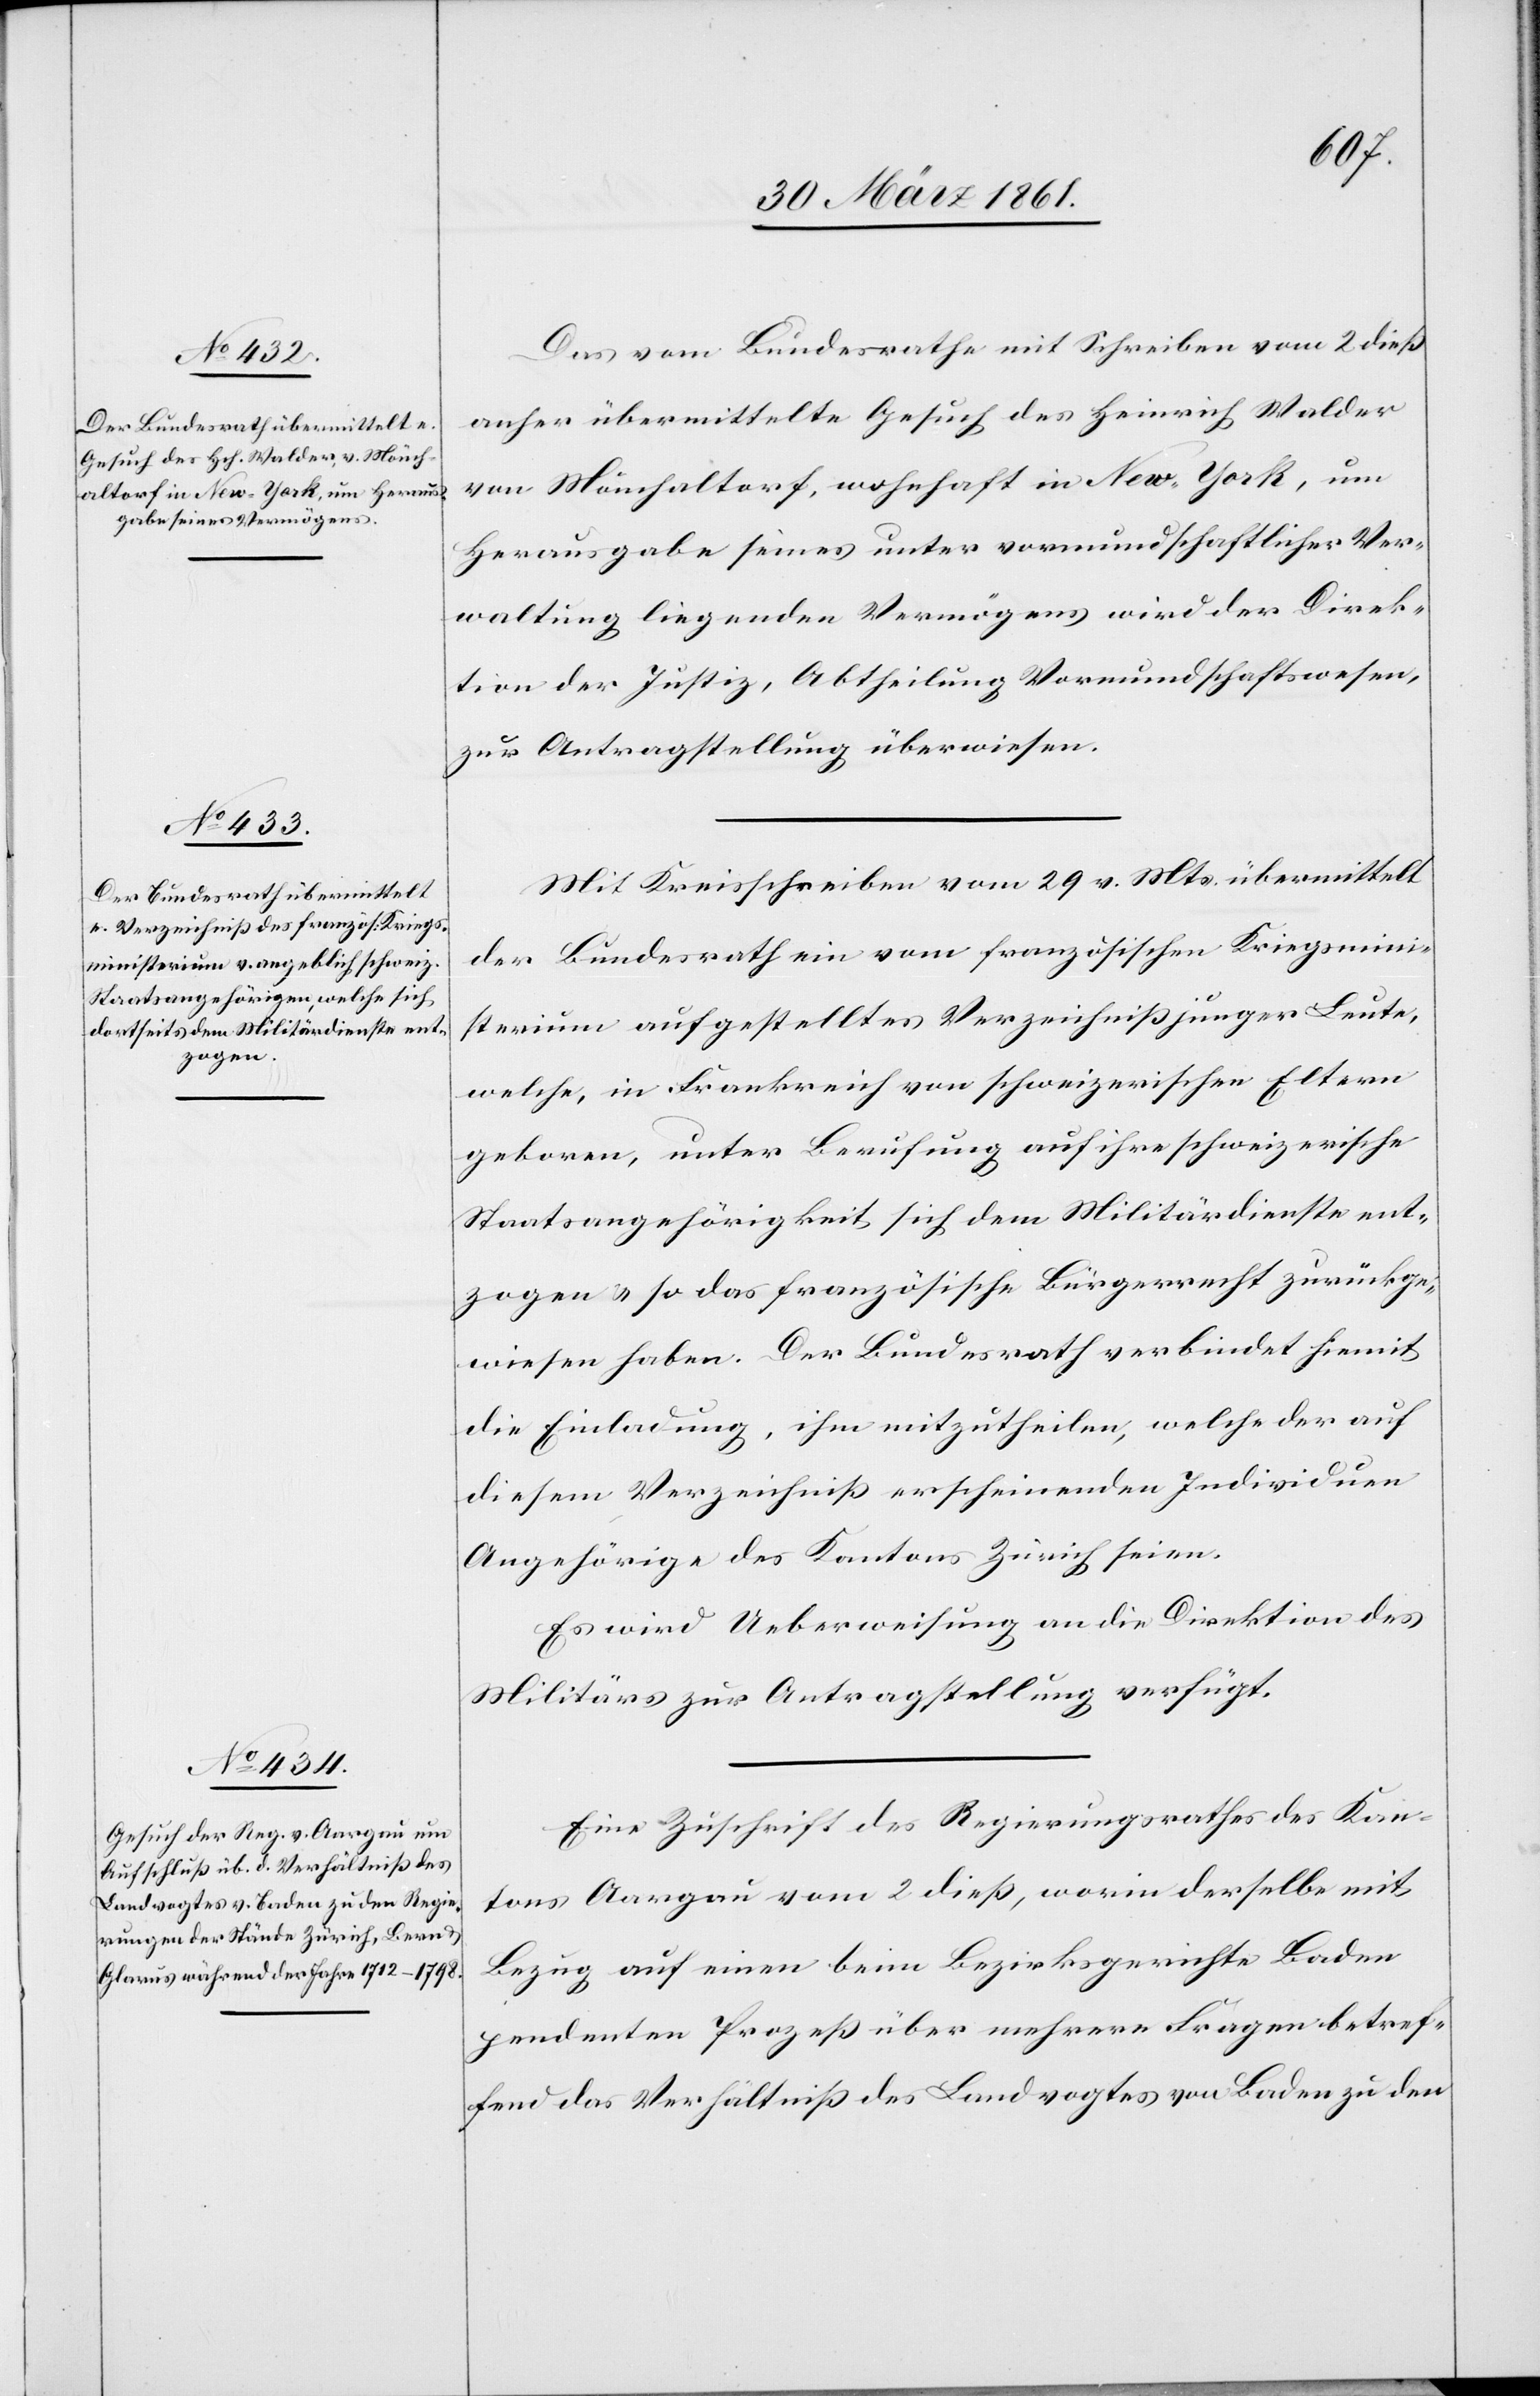
Das vom Bundesrathe mit Schreiben vom 2. dieß
anher übermittelte Gesuch des Heinrich Walder
von Mönchaltorf, wohnhaft in New-York, um
Herausgabe seines unter vormundschaftlicher Ver¬
waltung liegenden Vermögens wird der Direk¬
tion der Justiz, Abtheilung Vormundschaftswesen,
zur Antragstellung überwiesen.
Mit Kreisschreiben vom 29. v. Mts. übermittelt
der Bundesrath ein vom französischen Kriegsmini¬
sterium aufgestelltes Verzeichniß junger Leute,
welche, in Frankreich von schweizerischen Eltern
geboren, unter Berufung auf ihre schweizerische
Staatsangehörigkeit sich dem Militärdienste ent¬
zogen u. so das französische Bürgerrecht zurückge¬
wiesen haben. Der Bundesrath verbindet hiemit
die Einladung, ihm mitzutheilen, welche der auf
diesem Verzeichniß erscheinenden Individuen
Angehörige des Kantons Zürich seien.
Es wird Ueberweisung an die Direktion des
Militärs zur Antragstellung verfügt.
Eine Zuschrift des Regierungsrathes des Kan¬
tons Aargau vom 2. dieß, worin derselbe mit
Bezug auf einen beim Bezirksgerichte Baden
pendenten Prozeß über mehrere Fragen betref¬
fend das Verhältniß des Landvogtes von Baden zu den